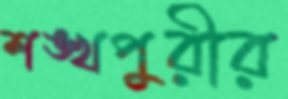
শঙ্খপুরীর